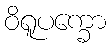
ဝိရူပက္ခော